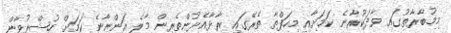
މިމުބާރާތުގައި ވާދަކުރާނެ ކަމަށާއި މިހަފްތާ ތެރޭގައި ރާޅާއެޅުންތެރިން މާލެ އަންނާނެ ކަމަށް ހުޝްރުވާން